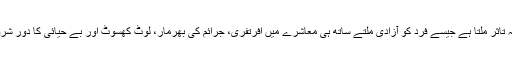
جنہیں پڑھ کر یہ تاثر ملتا ہے جیسے فرد کو آزادی ملتے ساتھ ہی معاشرے میں افرتفری، جرائم کی بھرمار، لوٹ کھسوٹ اور بے حیائی کا دور شروع ہو جائے گا۔